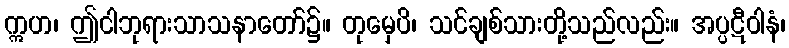
ဣဟ၊ ဤငါဘုရားသာသနာတော်၌။ တုမှေပိ၊ သင်ချစ်သားတို့သည်လည်း။ အပ္ပဋီဝါနံ၊